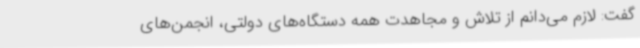
گفت: لازم می‌دانم از تلاش و مجاهدت همه دستگاه‌های دولتی، انجمن‌های